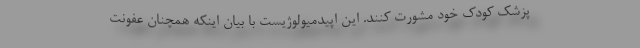
پزشک کودک خود مشورت کنند. این اپیدمیولوژیست با بیان اینکه همچنان عفونت